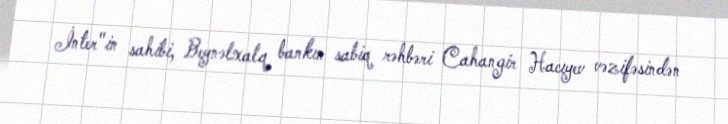
İnter"in sahibi, Beynəlxalq bankın sabiq rəhbəri Cahangir Hacıyev vəzifəsindən